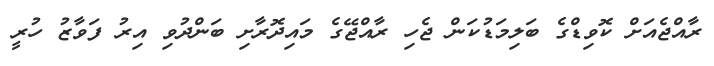
ރާއްޖެއަށް ކޮވިޑްގެ ބަލިމަޑުކަން ޖެހި ރާއްޖޭގެ މައިދޮރާށި ބަންދުވި އިރު ފަވާޒު ހުރީ